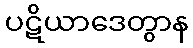
ပဋိယာဒေတွာန